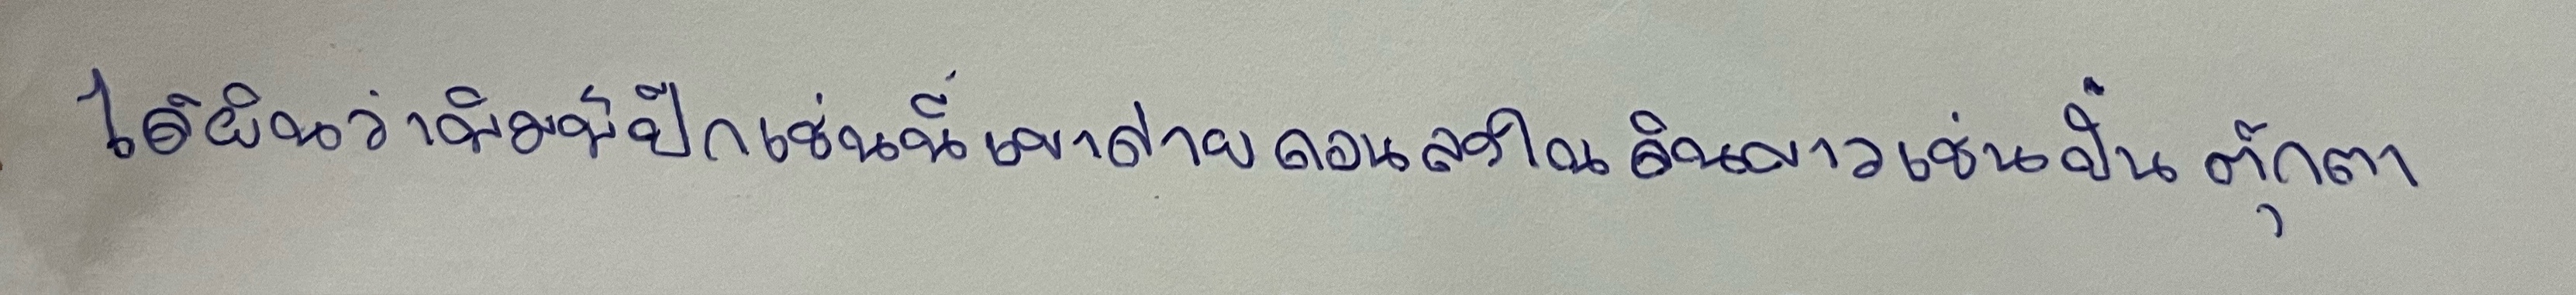
ได้ยินว่าพิมพ์ปีกเช่นนี้เขาถ่ายถอนลงในดินขาวเช่นปั้นตุ๊กตา